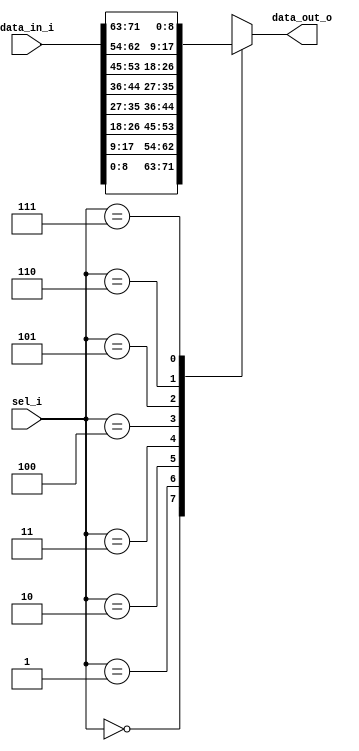
`timescale 1ns / 1ps
//////////////////////////////////////////////////////////////////////////////////
// Company: 
// Engineer: 
// 
// Design Name: 
// Module Name: mux_8to1
// Project Name: 
// Target Devices: 
// Tool Versions: 
// Description: 8-bits, 8 input to 1 output Multiplexer
// 
// Dependencies: 
// 
// Revision:
// Revision 0.01 - File Created
// Additional Comments:
// 
//////////////////////////////////////////////////////////////////////////////////


module mux_8to1(
input  wire [72:0] data_in_i,
input  wire [ 2:0] sel_i,
output reg  [ 8:0] data_out_o
    );

always@* begin
  case(sel_i)
    3'b000: data_out_o = data_in_i[ 8: 0]; 
    3'b001: data_out_o = data_in_i[17: 9];
    3'b010: data_out_o = data_in_i[26:18];
    3'b011: data_out_o = data_in_i[35:27];
    3'b100: data_out_o = data_in_i[44:36];
    3'b101: data_out_o = data_in_i[53:45];
    3'b110: data_out_o = data_in_i[62:54];
    3'b111: data_out_o = data_in_i[71:63];
  endcase
end 

endmodule